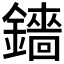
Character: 𬬋